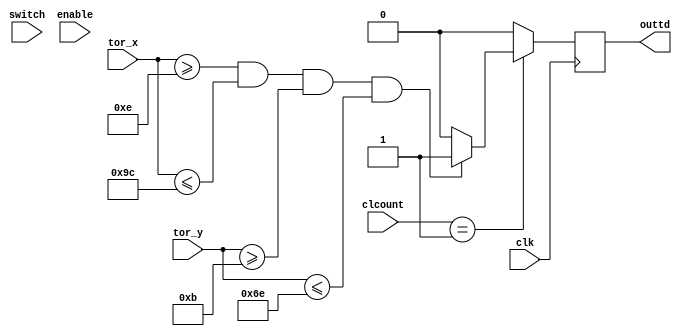
module TOUCH_DRAW2(
	input wire clk,
//	input wire reset,	
	input wire switch,
	input wire [1:0]clcount,
	input wire [7:0]enable,

	input wire [9:0]tor_x,
	input wire [8:0]tor_y,

	
	output reg outtd
	
	);
	
parameter[9:0] x1 = 11'd14;
parameter[9:0] x2 = 11'd156;
parameter[8:0] y1 = 11'd11;
parameter[8:0] y2 = 11'd110;


always @ (posedge clk)
	begin
		//if (((enable[7:0] > 8'd0) || (clcount[1:0] > 2'b0))&&(valid == 1)) 
		if (clcount == 1) 
		begin
			if ((tor_x[9:0]>=x1)&&(tor_x[9:0]<=x2)&&(tor_y[8:0]>=y1)&&(tor_y[8:0]<=y2))
					outtd = 1;
				else
					outtd = 0;
		end
		else
			outtd = 0;
	end	
endmodule